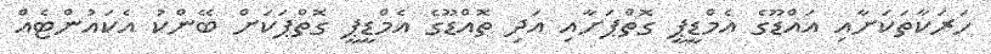
ހަރަކާތަކަށާއި އައްޑޫގެ އެމްޑީޕީ ގޮތްޕަށާއި އަދި ތޮއްޑޫގެ އެމްޑީޕީ ގޮތްޕަކަށް ބޭންކު އެކައުންޓެއް